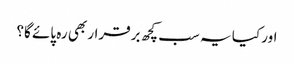
اور کیا یہ سب کچھ برقرار بھی رہ پائے گا؟